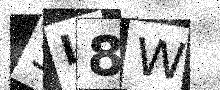
Text: SL8W